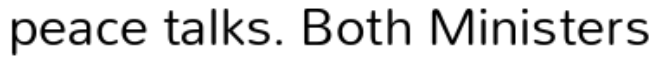
peace talks. Both Ministers